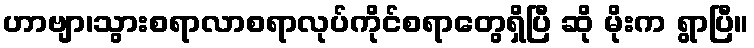
ဟာဗျာ၊သွားစရာလာစရာလုပ်ကိုင်စရာတွေရှိပြီ ဆို မိုးက ရွာပြီ။